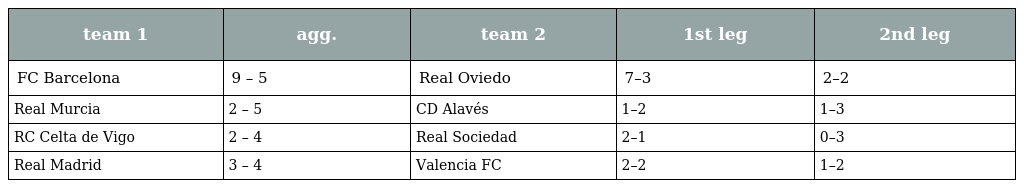
| team 1 | agg. | team 2 | 1st leg | 2nd leg |
 | --- | --- | --- | --- | --- |
 | FC Barcelona | 9 – 5 | Real Oviedo | 7–3 | 2–2 |
 | Real Murcia | 2 – 5 | CD Alavés | 1–2 | 1–3 |
 | RC Celta de Vigo | 2 – 4 | Real Sociedad | 2–1 | 0–3 |
 | Real Madrid | 3 – 4 | Valencia FC | 2–2 | 1–2 |